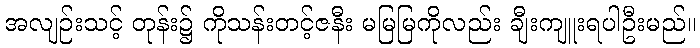
အလျဉ်းသင့် တုန်း၌ ကိုသန်းတင့်ဇနီး မမြမြကိုလည်း ချီးကျူးရပါဦးမည်။